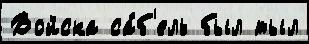
Войска са́б'ель был тыл